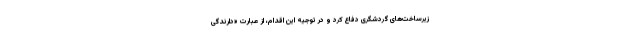
زیرساخت‌های گردشگری دفاع کرد و در توجیه این اقدام، از عبارت «دارندگی